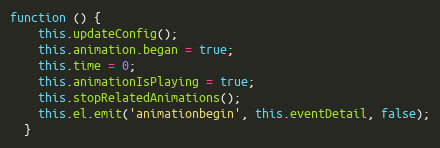
Language: JavaScript
function () {
    this.updateConfig();
    this.animation.began = true;
    this.time = 0;
    this.animationIsPlaying = true;
    this.stopRelatedAnimations();
    this.el.emit('animationbegin', this.eventDetail, false);
  }